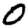
Digit: 0